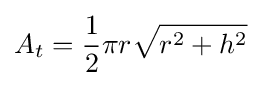
A_{t}={1 \over 2}\pi r{\sqrt {r^{2}+h^{2}}}